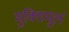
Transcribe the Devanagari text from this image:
मुक्तिमूलं